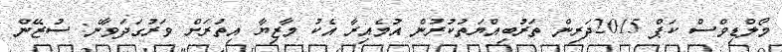
މޯލްޑިވްސް ކަޕް 2015ދަރިން ތަރުބިއްޔަތުކުރުން އުމެއިރާ އެކު މާޒިޔާ އިތުރަށް ވަރުގަދަވާނެ: ސުޒޭން